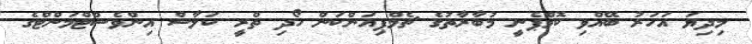
މިދިޔަ އަހަރު ބޭއްވި ކޮމްޕެނީ މުބާރާތުގެ ޗެމްޕިއަންކަން ހޯދި ތްރީ ކަލާސް އިންވެސްޓްމަންޓްގެ